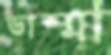
ডাম্মা